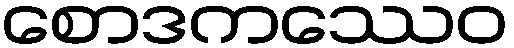
စောဒကဿေဝ